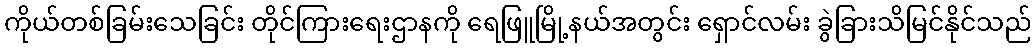
ကိုယ်တစ်ခြမ်းသေခြင်း တိုင်ကြားရေးဌာနကို ရေဖြူမြို့နယ်အတွင်း ရှောင်လမ်း ခွဲခြားသိမြင်နိုင်သည်